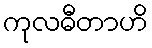
ကုလဓီတာဟိ